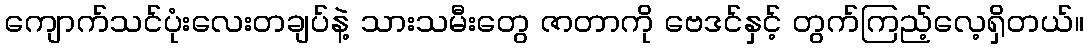
ကျောက်သင်ပုံးလေးတချပ်နဲ့ သားသမီးတွေ ဇာတာကို ဗေဒင်နှင့် တွက်ကြည့်လေ့ရှိတယ်။